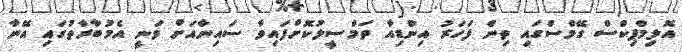
އޮލިމްޕިކްސް ގޭމްސްގައި ތިން ފަހަރު އިންޑިއާ ތަމްސީލުކޮށްފައިވާ ސައިނާއަށް ވަނީ އެމުބާރާތުގައި އޭނާ